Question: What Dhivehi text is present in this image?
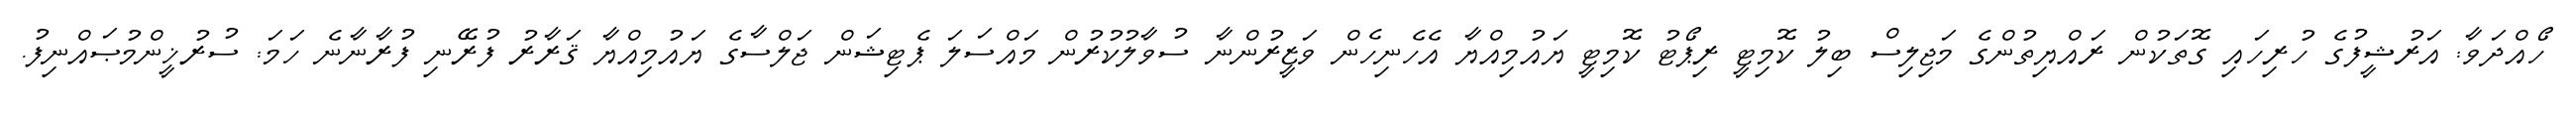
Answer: ހޯއްދަވާ: އަރުޝީފުގެ ހުރިހައި ގޮތަކުން ރައްޔިތުންގެ މަޖިލިސް ބިލު ކޮމިޓީ ރިޕޯޓު ކޮމިޓީ ޔައުމިއްޔާ އެހެނިހެން ވަޒީރުންނާ ސުވާލުކުރުން މައްސަލަ ޕެޓިޝަން ޖަލްސާގެ ޔައުމިއްޔާ ޤަރާރު ފުރޭނި ފުރާނާނެ ހަމަ: ސުރުޚީންމުޞައްނިފު.